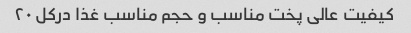
کیفیت عالی پخت مناسب و حجم مناسب غذا درکل ۲۰